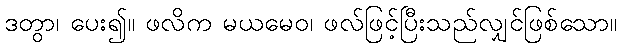
ဒတွာ၊ ပေး၍။ ဖလိက မယမေဝ၊ ဖလ်ဖြင့်ပြီးသည်လျှင်ဖြစ်သော။